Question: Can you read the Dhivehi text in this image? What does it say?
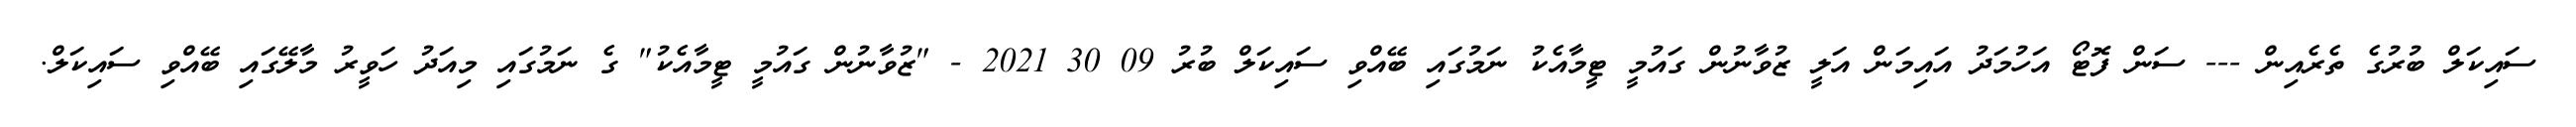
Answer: ސައިކަލް ބުރުގެ ތެރެއިން --- ސަން ފޮޓޯ އަހުމަދު އައިމަން އަލީ ޒުވާނުން ގައުމީ ޓީމާއެކު ނަމުގައި ބޭއްވި ސައިކަލް ބުރު 09 30 2021 - "ޒުވާނުން ގައުމީ ޓީމާއެކު" ގެ ނަމުގައި މިއަދު ހަވީރު މާލޭގައި ބޭއްވި ސައިކަލް.